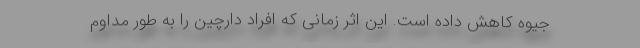
جیوه کاهش داده است. این اثر زمانی که افراد دارچین را به طور مداوم